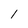
Character: 1